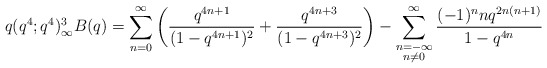
\begin{align*}q(q^4;q^4)^3_\infty B(q)= \sum_{n=0}^\infty \left(\frac{q^{4n+1}}{(1-q^{4n+1})^2}+\frac{q^{4n+3}}{(1-q^{4n+3})^2}\right)-\sum_{\substack{n=-\infty \\ n\neq0}}^\infty\frac{(-1)^nnq^{2n(n+1)}}{1-q^{4n}}\end{align*}